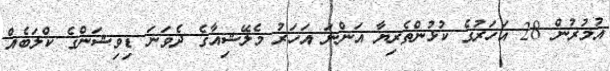
އުމުރުން 28 އަހަރުގެ ކުޅުންތެރިޔާ އަންނަ އަހަރު މެލޭޝިއާގެ ދެވަނަ ޑިވިޝަންގެ ކްލަބެއް